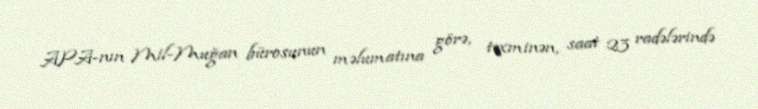
APA-nın Mil-Muğan bürosunun məlumatına görə, təxminən, saat 23 radələrində